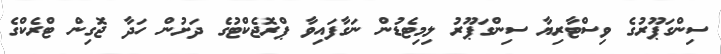
ސިންގަޕޫރުގެ ވިސްޓާރިޔާ ސިންގަޕޫރު ލިމިޓެޑުން ނަގާފައިވާ ޕްރޮޖެކްޓުގެ ދަށުން ހަދާ ޖޮގިން ޓްރެކްގެ